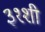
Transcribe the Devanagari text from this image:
३१शी